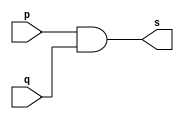
// ------------------------- 
// Exemplo0003 - AND 
// Nome: Rayan Darwin 
// ------------------------- 
// ------------------------- 
// -- and gate 
// ------------------------- 
module andgate ( output s, input p, input q); 
	
	assign s = p & q; 

endmodule // andgate 
// --------------------- 
// -- test and gate 
// --------------------- 

module testandgate; 
// ------------------------- dados locais 
	reg a, b; // definir registradores 
	wire s; // definir conexao (fio) 
// ------------------------- instancia 
	andgate AND1 (s, a, b); 
// ------------------------- preparacao 
	initial begin:start 
	
		// atribuicao simultanea 
		// dos valores iniciais 
		a=0; b=0; 
	
	end 
// ------------------------- parte principal 
	initial begin 
		$display("Exemplo0003 - Rayan Darwin - 412770"); 
		$display("Test AND gate"); 
		$display("\na & b = s\n"); 
	
		a=0; b=0; 
		#1 $display("%b & %b = %b", a, b, s); 
	
		a=0; b=1; 
		#1 $display("%b & %b = %b", a, b, s); 	

		a=1; b=0; 
		#1 $display("%b & %b = %b", a, b, s); 

		a=1; b=1; 
		#1 $display("%b & %b = %b", a, b, s); 

	end
 
endmodule // testandgate